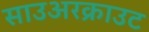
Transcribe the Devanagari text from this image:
साउअरक्राउट